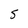
Character: S